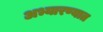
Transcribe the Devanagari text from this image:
अभ्यारण्यात